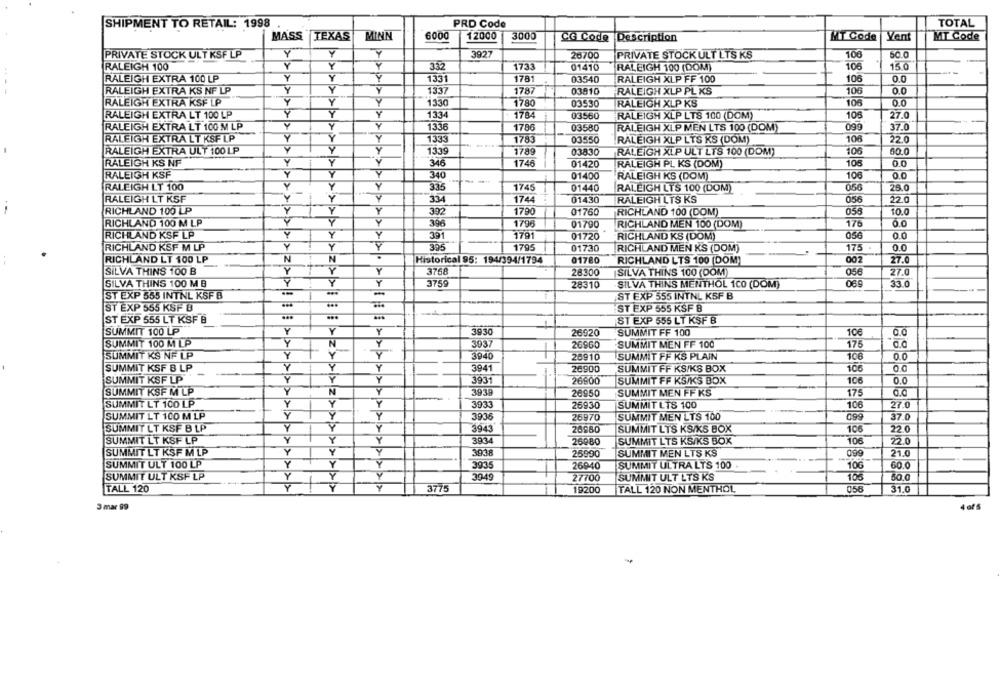
SHIPMENT TO RETAIL: 1998
PRD Code
TOTAL
12000
3000
MASS
TEXAS
MINN
6000
CG Code
Description
MT Code
Vent
MT Code
PRIVATE STOCK ULT KSF LP
Y
Y
Y
3927
26700
PRIVATE STOCK ULT LTS KS
100
50.0
RALEIGH 100
Y
Y
Y
332
1733
01410
RALEIGH 100 (DOM)
106
15.0
Y
RALEIGH EXTRA 100 LP
Y
1331
1781
03540
RALEIGH XLP FF 100
106
0.0
Y
Y
Y
1337
1787
106
0.0
RALEIGH EXTRA KS NF LP
03810
RALEIGH XLP PL KS
RALEIGH EXTRA KSF LP
Y
Y
1330
17.80
03530
RALEIGH XLP KS
106
0.0
RALEIGH EXTRA LT 100 LP
Y
1334
1784
03560
RALEIGH XLP LTS 100 (DOM)
105
27.0
Y
Y
099
RALEIGH EXTRA LT 100 M LP
1336
1786
03580
RALEIGH XLP MEN LTS 100 (DOM)
37.0
RALEIGH EXTRA LT KSF LP
Y
Y
1333
1783
03550
RALEIGH XLP LTS KS (DOM)
106
220
RALEIGH EXTRA ULT 100 LP
Y
y
1339
1789
03830
RALEIGH XLP ULT LTS 100 (DOM)
106
60.0
RALEIGH KS NF
Y
Y
346
1746
01420
RALEIGH PL KS (DOM)
105
RALEIGH KSF
Y
340
01400
RALEIGH KS (DOM)
106
0.0
RALEIGH LT 100
Y
Y
335
1745
01440
056
26.0
RALEIGH LTS 100 (DOM)
RALEIGH LT KSF
Y
334
1744
01430
RALEIGH LTS KS
056
22.0
RICHLAND 100 LP
Y
Y
Y
392
1790
01760
RICHLAND 100 (DOM)
10.0
Y
396
0.0
RICHLAND 100 M LP
1796
01790
RICHLAND MEN 100 (DOM)
176
RICHLAND KSF LP
Y
Y
391
01720
056
0.0
1791
RICHLAND KS (DOM)
RICHLAND KSF M LP
Y
Y
Y
1795
01730
RICHLAND MEN KS (DOM)
175
O.C
RICHLAND LT 100 LP
N
N
Historical 95: 194/394/1794
01780
RICHLAND LTS 100 (DOM)
002
27.0
Y
3758
SILVA THINS 100 B
Y
28300
SILVA THINS 100 (DOM)
056
27.0
SILVA THINS 100 M B
3759
28310
069
33.0
SILVA THINS MENTHOL 100 (DOM)
ST EXP 555 INTNL KSF B
ST EXP 555 INTNL KSF B
>>>>>>>>>>> !!
ST EXP 555 KSF B
ST EXP 555 KSF B
ST EXP 555 LT KSF B
ST EXP 555 LT KSF B
SUMMIT 100 LP
Y
Y
Y
3930
26920
SUMMIT FF 100
10€
SUMMIT 100 M LP
Y
3937
26960
SUMMIT MEN FF 100
175
SUMMIT KS NF LP
Y
Z>
Y
3940
26910
SUMMIT FF KS PLAIN
106
0.0
Y
Y
3941
SUMMIT FF KS/KS BOX
106
SUMMIT KSF B LP
-
26900
0.0
SUMMIT KSF LP
Y
Y
3931
26900
SUMMIT FF KS/KS BOX
106
0.0
SUMMIT KSF M LP
N
Y
3939
26950
SUMMIT MEN FF KS
175
Y
Y
SUMMIT LT 100 LP
3933
26930
SUMMIT LTS 100
106
27.0
SUMMIT LT 100 M LP
Y
099
3936
26970
SUMMIT MEN LTS 100
37.0
SUMMIT LT KSF B LP
Y
Y
3943
20850
SUMMIT LTS KSIKS BOX
106
22.0
SUMMIT LT KSF LP
Y
Y
3934
26980
SUMMIT LTS KS/KS BOX
106
22.0
SUMMIT LT KSF M LP
Y
Y
3038
25990
SUMMIT MEN LTS KS
099
21.0
SUMMIT ULT 100 LP
Y
Y
3935
SUMMIT ULTRA LTS 100
10G
60.0
26940
SUMMIT ULT KSF LP
Y
Y
3949
27700
SUMMIT ULT LTS KS
105
50.0
+
TALL 120
3775
19200
TALL 120 NON MENTHOL
056
31.0
3 mar 99